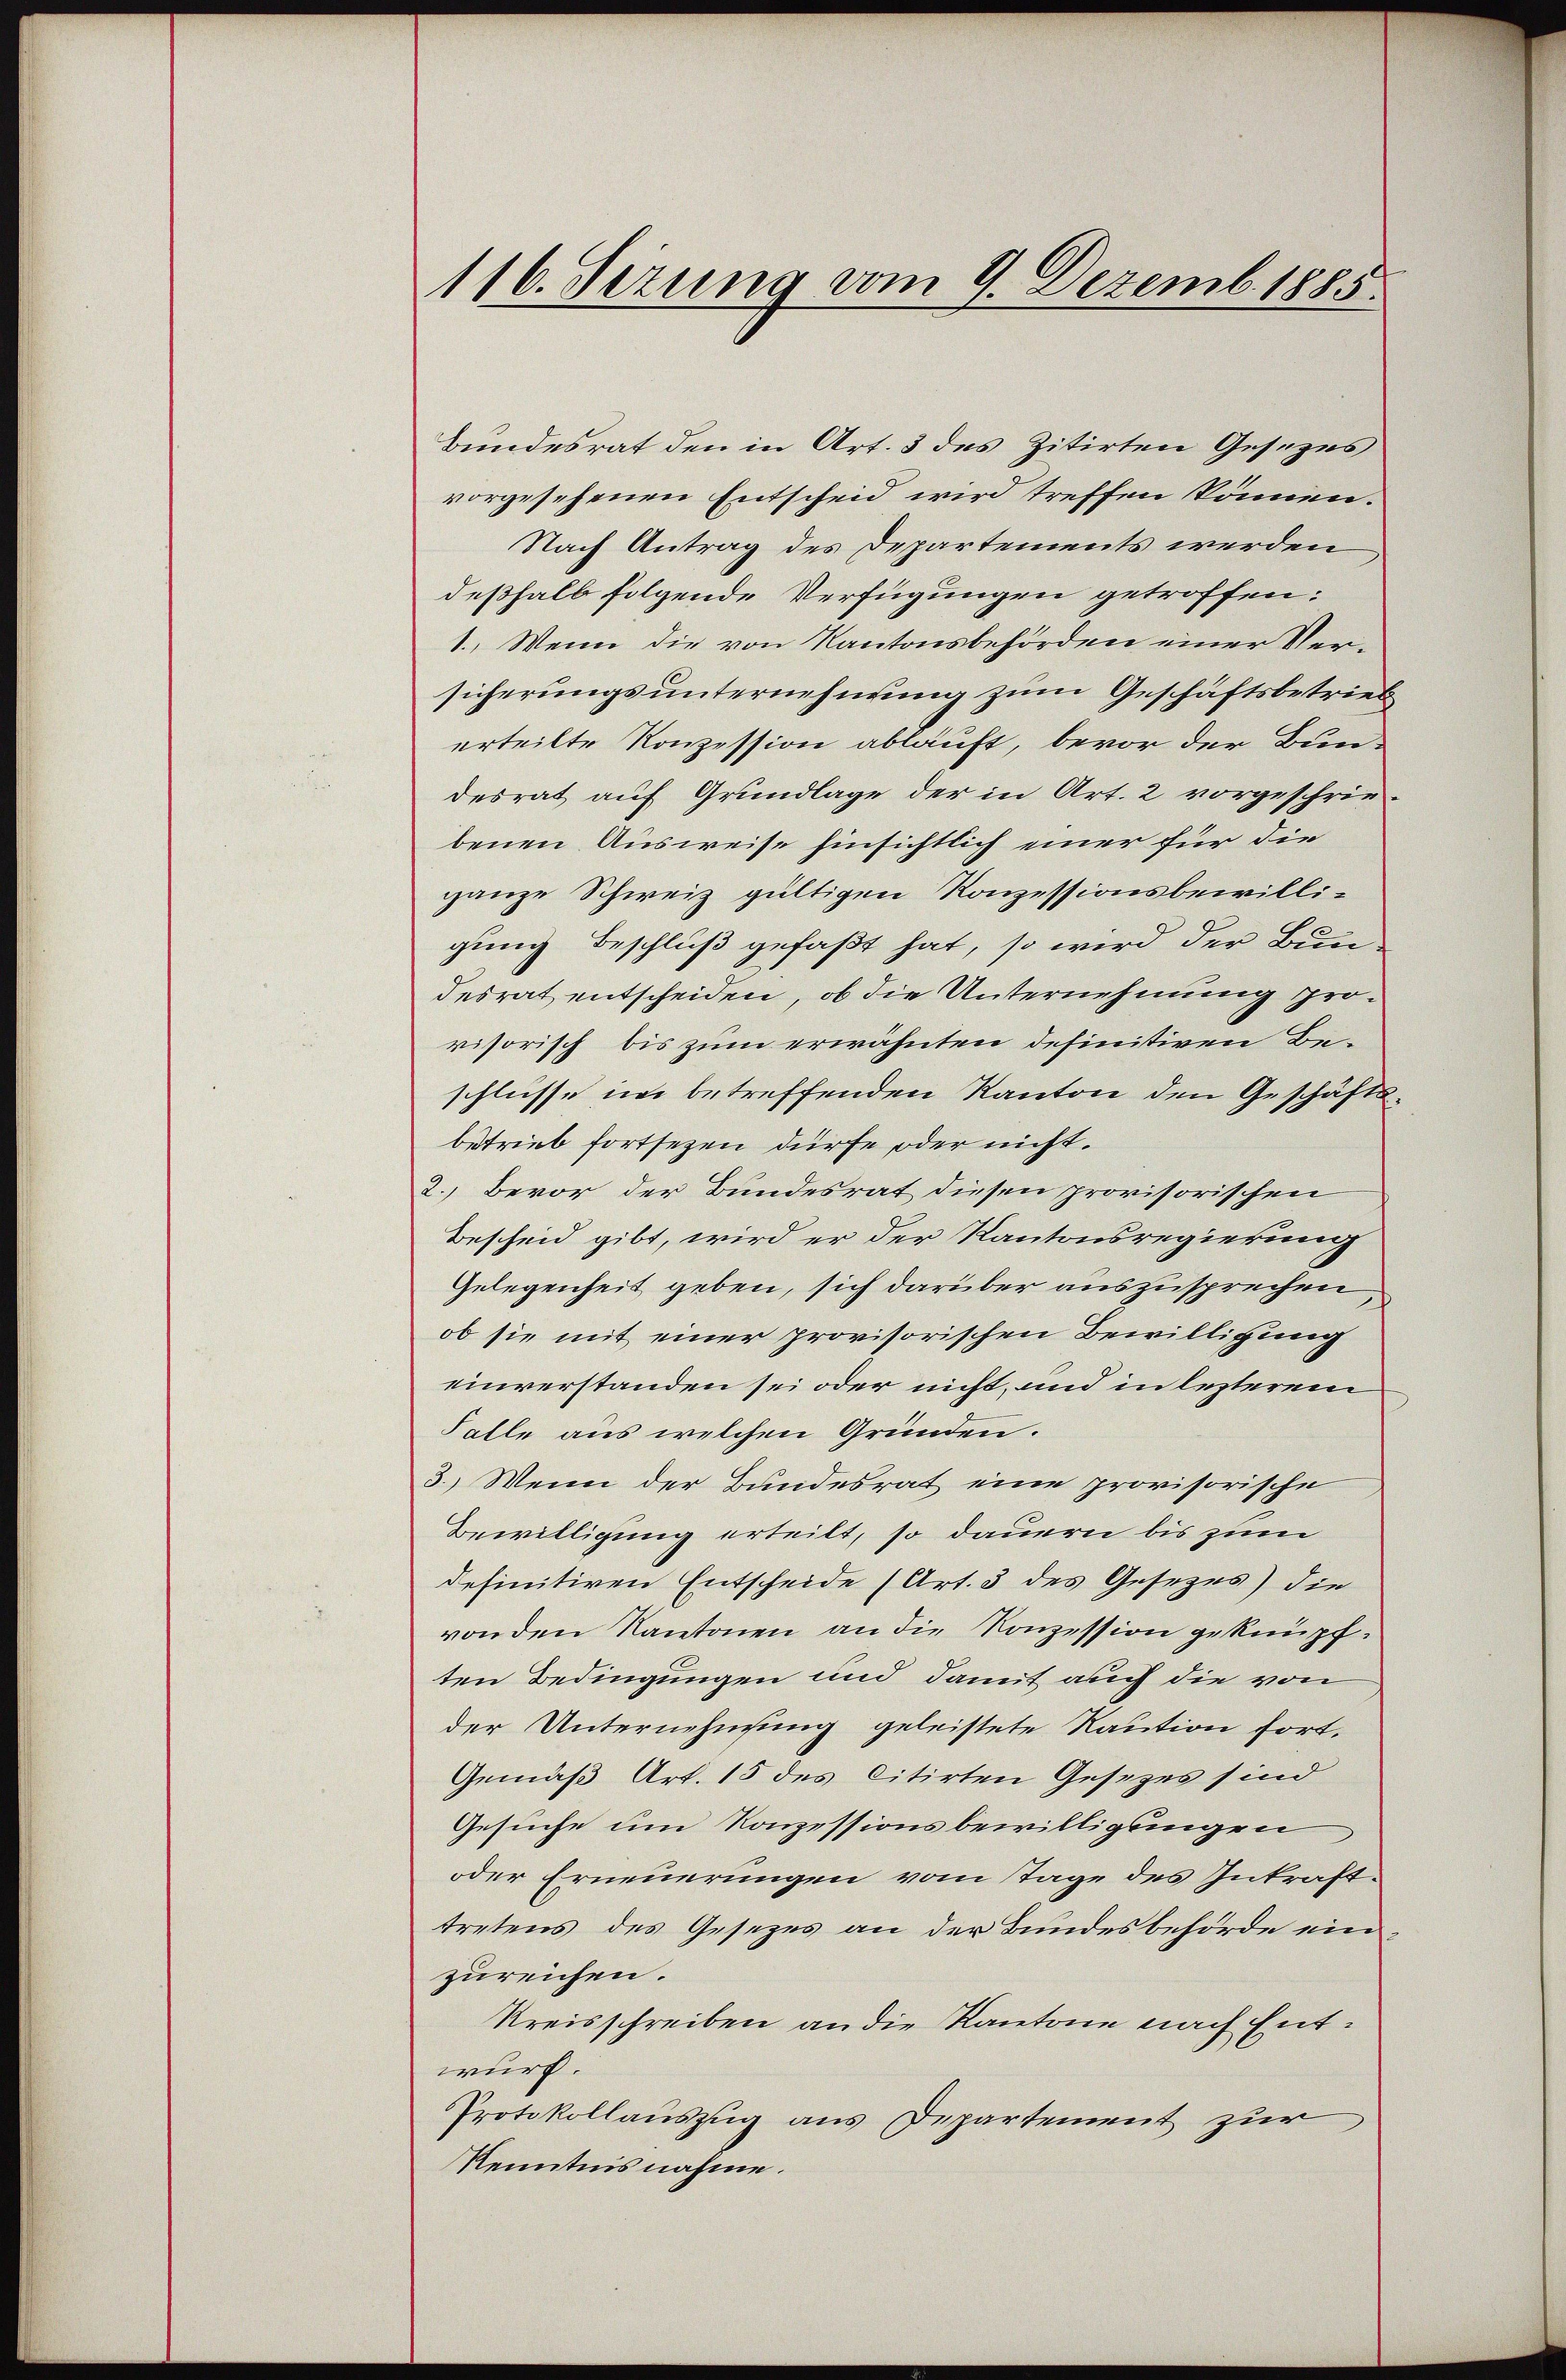
116. Jezung vom 9. Dezemb. 1885.

Bundesrat den in Art. 3 des zitirten Gesezes
vorgesehenen Entscheid wird treffen können.
Nach Antrag des Departements werden
deßhalb folgende Verfügungen getroffen:
1. Wenn die von Kantonsbehörden einer Versicherungsunternehmung zum Geschäftsbetrieb
erteilte Konzession ablauft, bevor der Bundesrat auf Grundlage der in Art. 2 vorgeschriebenen Ausweise hinsichtlich einer für die
ganze Schweiz gültigen Konzessionsbewilligung Beschluß gefaßt hat, so wird der Bundesrat entscheiden, ob die Unternehmung provisorisch bis zum erwähnten definitiven Beschlüsse in betreffenden Kanton den Geschäftsbetrieb fortsezen dürfe, oder nicht.
2.) Bevor der Bundesrat diesen provisorischen
Bescheid gibt, wird er der Kantonsregierung
Gelegenheit geben, sich darüber auszusprechen
ob sie mit einer provisorischen Bewilligung
einverstanden sei oder nicht und in lezterem
Falle aus welchen Gründen.
3.) Wenn der Bundesrat eine provisorische
Bewilligung erteilt, so dauern bis zum
definitiven Entscheide (Art. 3 des Gesezes) die
von den Kantonen an die Konzession geknüpften Bedingungen und damit auch die von
der Unternehmung geleistete Raution fort¬
Gemäß Art. 15 des citirten Gesezes sind
Gesuche um Konzessionsbewilligungen
oder Erneuerungen vom Tage des Inkrafttretens des Gesezes an der Bundesbehörde einzureichen.
Kreisschreiben an die Kantone nach Entwurf.
Protokollauszug aus Departement zur
Kenntnis nahme.